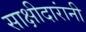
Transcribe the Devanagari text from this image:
साक्षीदारांनी